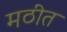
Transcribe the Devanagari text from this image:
मठीत